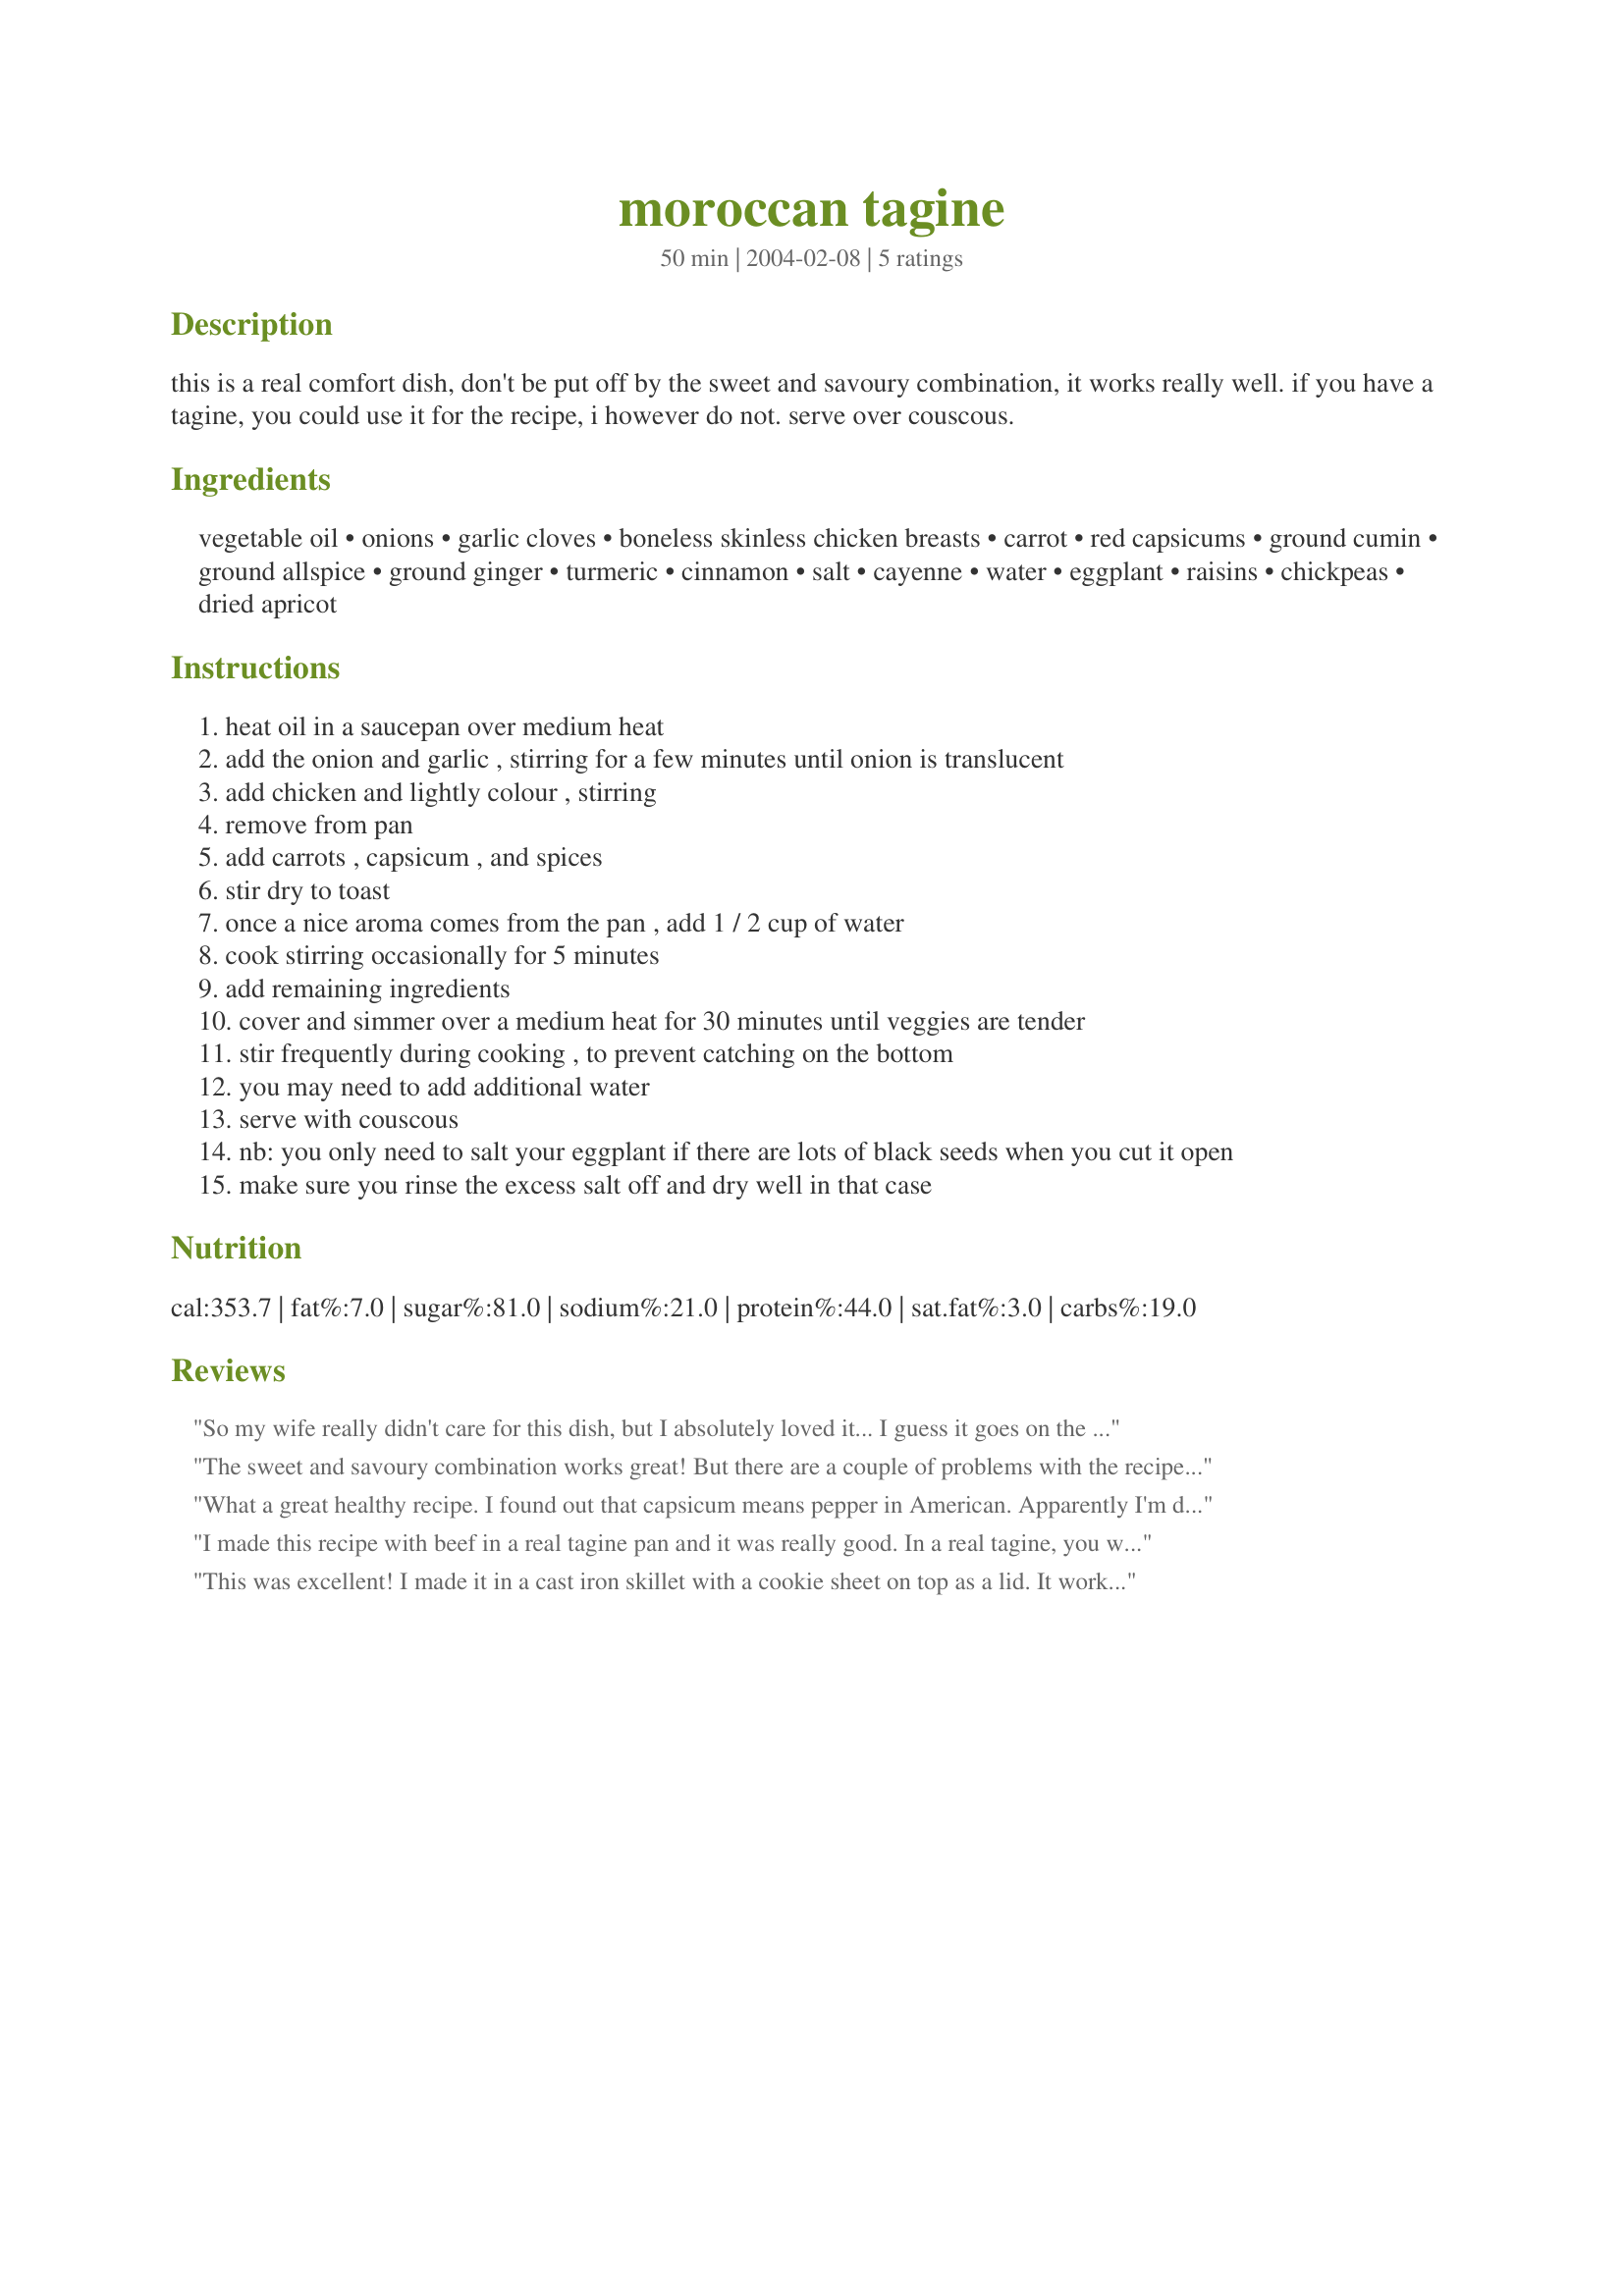
moroccan tagine
Preparation time: 50 minutes

this is a real comfort dish, don't be put off by the sweet and savoury combination, it works really well. if you have a tagine, you could use it for the recipe, i however do not. serve over couscous.

Ingredients:
vegetable oil, onions, garlic cloves, boneless skinless chicken breasts, carrot, red capsicums, ground cumin, ground allspice, ground ginger, turmeric, cinnamon, salt, cayenne, water, eggplant, raisins, chickpeas, dried apricot

Steps:
heat oil in a saucepan over medium heat
add the onion and garlic , stirring for a few minutes until onion is translucent
add chicken and lightly colour , stirring
remove from pan
add carrots , capsicum , and spices
stir dry to toast
once a nice aroma comes from the pan , add 1 / 2 cup of water
cook stirring occasionally for 5 minutes
add remaining ingredients
cover and simmer over a medium heat for 30 minutes until veggies are tender
stir frequently during cooking , to prevent catching on the bottom
you may need to add additional water
serve with couscous
nb: you only need to salt your eggplant if there are lots of black seeds when you cut it open
make sure you rinse the excess salt off and dry well in that case

Reviews:
So my wife really didn't care for this dish, but I absolutely loved it... I guess it goes on the "list to make when mom's away". The fruit and zip mixed just right and everything turned out great. In the directions it talks about "a good aroma comes from the pan", you'll know when it's time - the aroma is awesome!
The sweet and savoury combination works great! But there are a couple of problems with the recipe. First adding carrots, capsicum, and spices then 
stirring to dry to toast is really hard because of the moisture in the chicken, onions and peppers. Then the cooking time of the diced chicken tend to over cook it.I think instead of 30 minutes over medium heat 10 minutes simmered would be just fine. I didn`t do the eggplant but if I was to do it I would brown them in hot oil first. I served this over brown rice. I enjoyed this except for the chicken be dry. By the way diced chicken in how small of a dice? The vegies were very tender. Lots of flavor. I will make this again but I will saute the chicken remove it saute the vegies then add back the chicken. I think even using the spices as a dry rub before frying would be great.I would like to give this a 5 if just the chicken were more tender. Thanks for posting this recipe.
What a great healthy recipe. I found out that capsicum means pepper in American. Apparently I'm dyslexic because I could have sworn I read "red capsicum" Even with the wrong type, it was awesome and I thought the red pepper added a nice color to it.
I made this recipe with beef in a real tagine pan and it was really good. In a real tagine, you would have to add a little more water, but this might be because of the sort of pan you use. Thanks for posting!
This was excellent! I made it in a cast iron skillet with a cookie sheet on top as a lid. It worked great! I used olive oil and I didn't add a capsicum because I didn't realize it was a bell pepper :S I also didn't add the garbanzo beans because I hate beans. I will for sure make this again because I love spicy food. It was just too easy!
